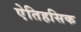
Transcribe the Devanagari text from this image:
एेतिहसिक